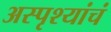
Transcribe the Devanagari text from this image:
अस्पृश्यांचं